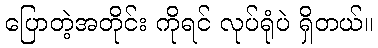
ပြောတဲ့အတိုင်း ကိုရင် လုပ်ရုံပဲ ရှိတယ်။